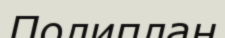
Полиплан